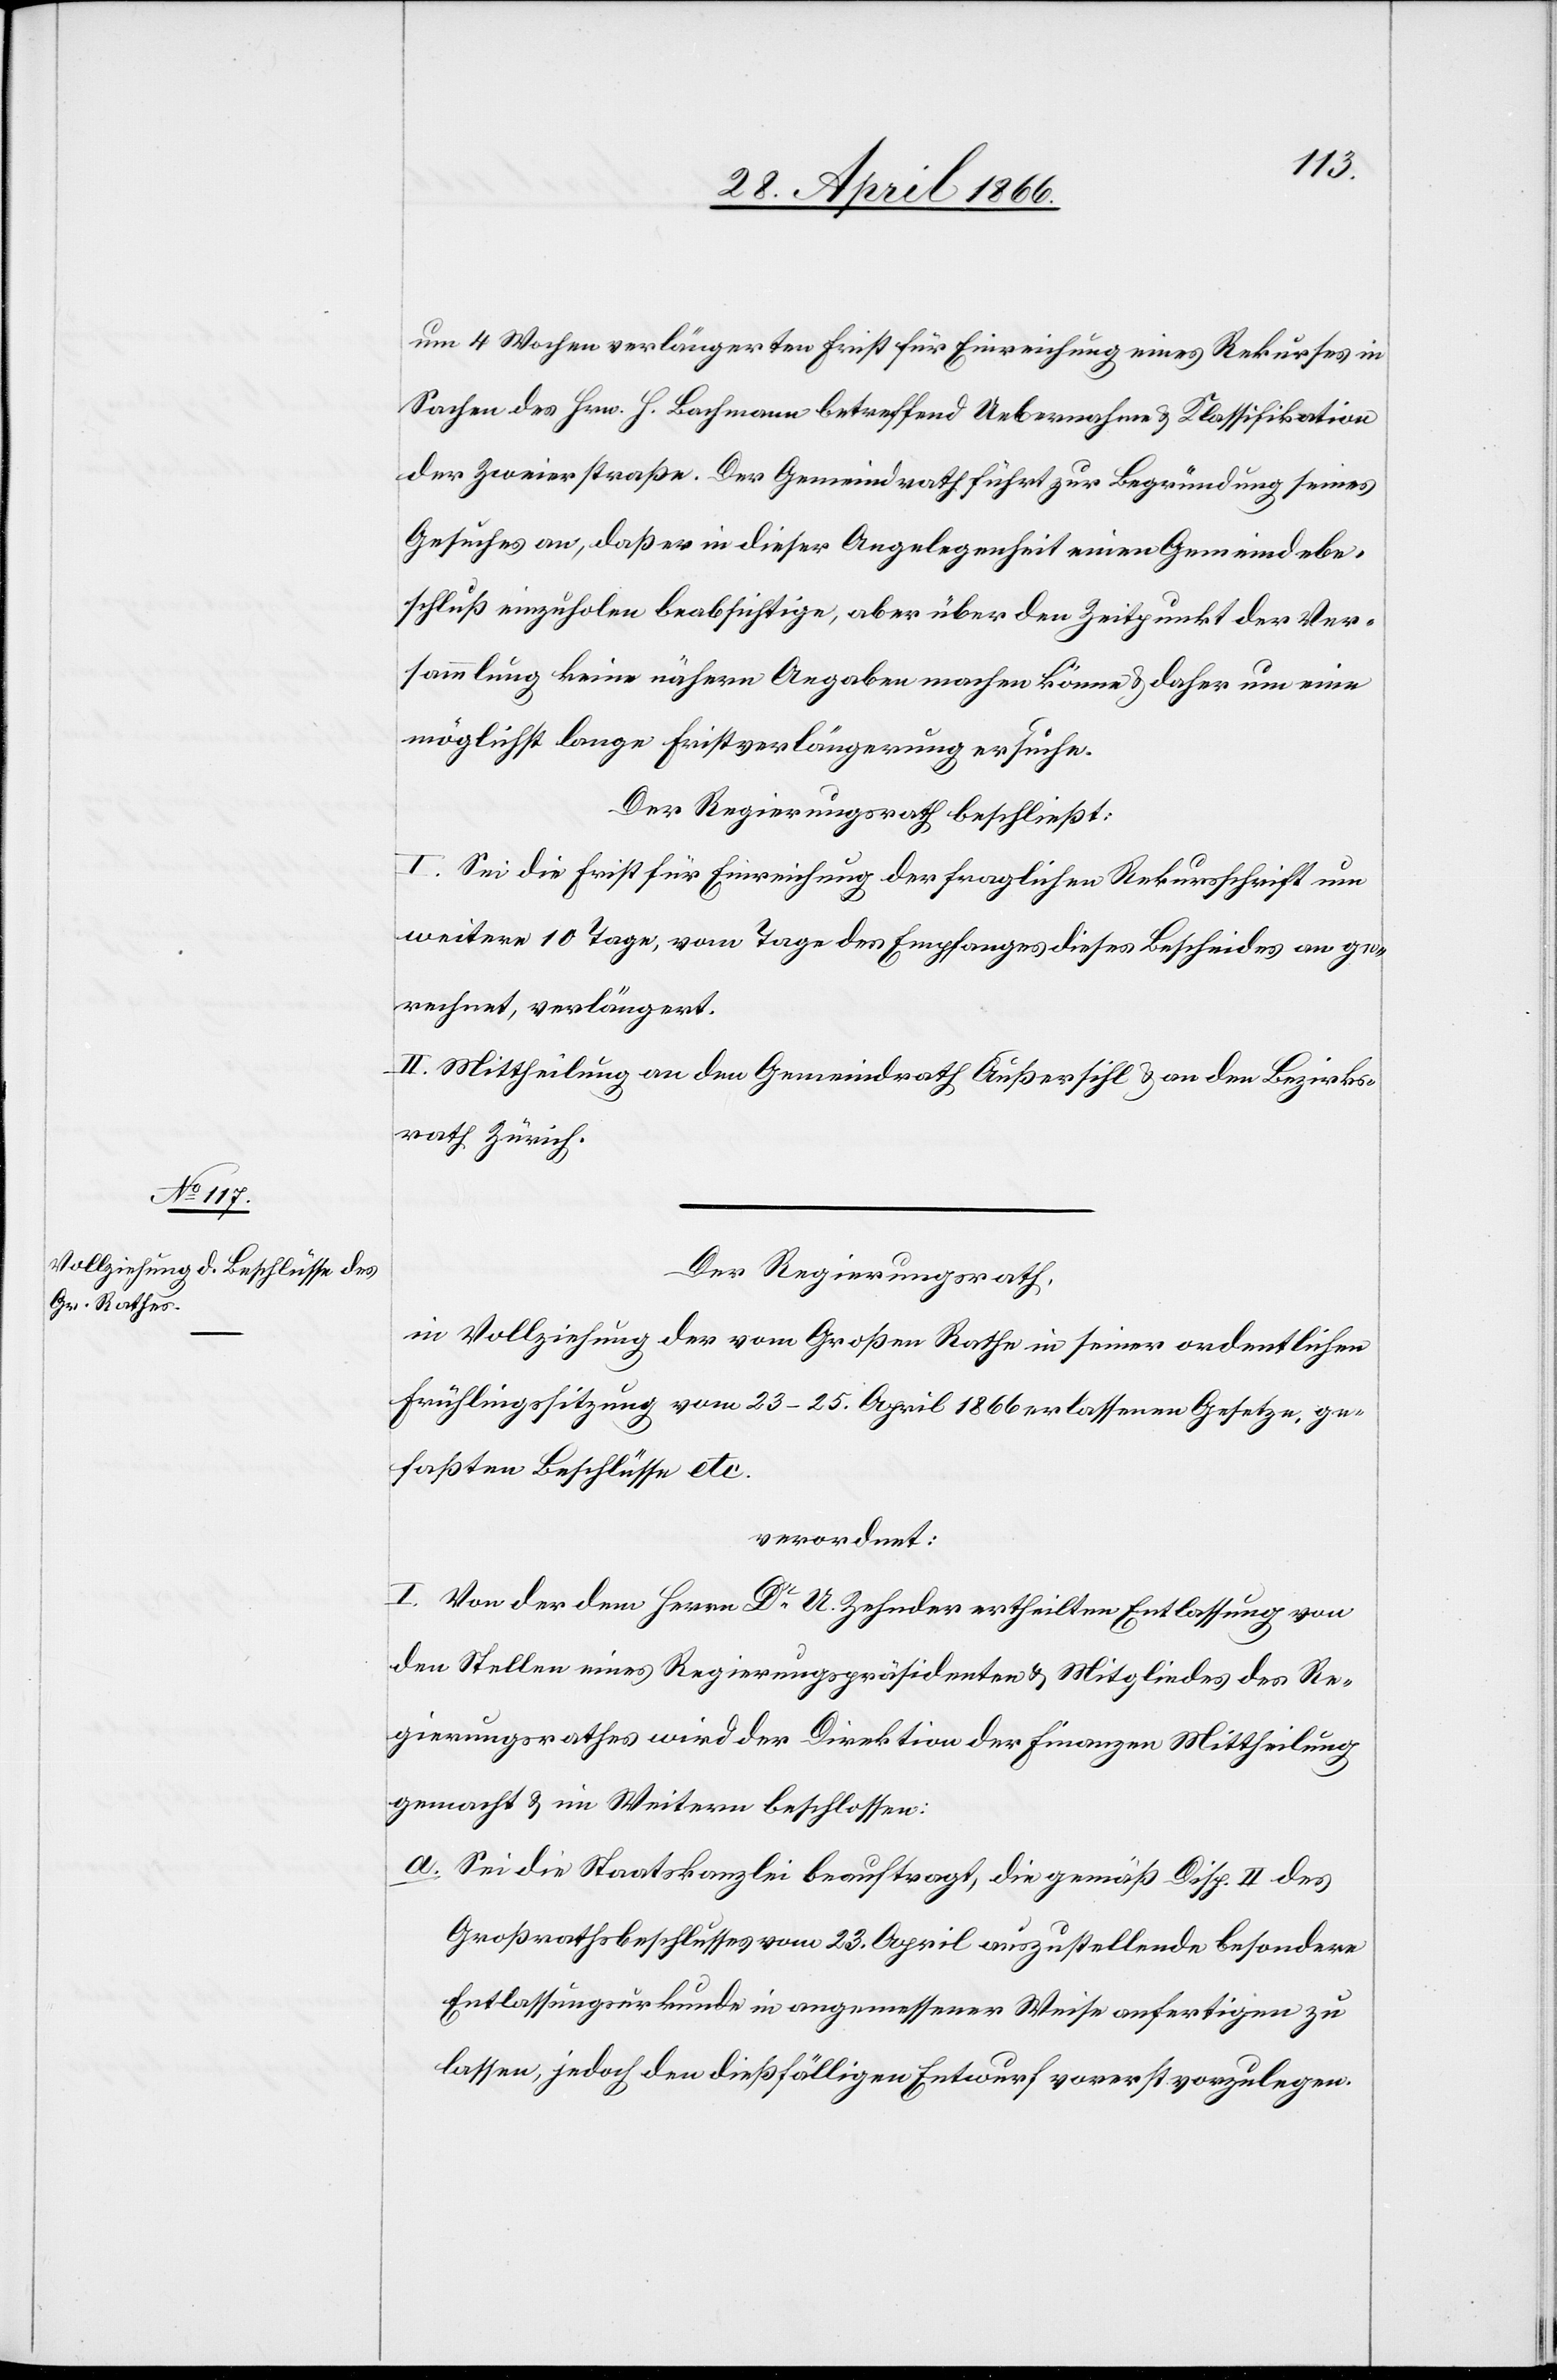
um 4 Wochen verlängerten Frist für Einreichung eines Rekurses in
Sachen des Hrn. H. Bachmann betreffend Uebernahme u. Klassifikation
der Zweierstraße. Der Gemeindrath führt zur Begründung seines
Gesuches an, daß er in dieser Angelegenheit einen Gemeindebe¬
schluß einzuholen beabsichtige, aber über den Zeitpunkt der Ver¬
sammlung keine nähere Angaben machen könne u. daher um eine
möglichst lange Fristerstreckung ersuche.
Der Regierungsrath beschließt:
I. Sei die Frist für Einreichung der fraglichen Rekursschrift um
weitere 10 Tage, vom Tage des Empfanges dieses Bescheides an ge¬
rechnet, verlängert.
II. Mittheilung an den Gemeindrath Außersihl u. an den Bezirks¬
rath Zürich.
Der Regierungsrath,
in Vollziehung der vom Großen Rathe in seiner ordentlichen
Frühlingssitzung vom 23–25. April 1866 erlassenen Gesetze u. ge¬
faßten Beschlüsse etc.
verordnet:
I. Von der dem Herrn Dr. U. Zehnder ertheilten Entlassung von
den Stellen eines Regierungspräsidenten u. Mitgliedes des Re¬
gierungsrathes wird der Direktion der Finanzen Mittheilung
gemacht u. im Weitern beschlossen:
a. Sei die Staatskanzlei beauftragt, die gemäß Disp. II des
Großrathsbeschlusses vom 23. April auszustellende besondere
Entlassungsurkunde in angemessener Weise anfertigen zu
lassen, jedoch den dießfälligen Entwurf vorerst vorzulegen.